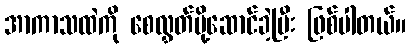
အာကာသထဲကို စေလွှတ်ပို့ဆောင်ခဲ့ပြီး ဖြစ်ပါတယ်။